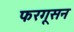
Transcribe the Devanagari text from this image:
फरगूसन